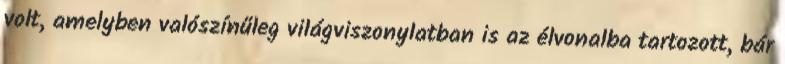
volt, amelyben valószínűleg világviszonylatban is az élvonalba tartozott, bár